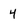
Character: 4